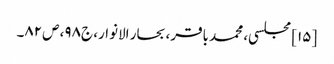
[۱۵] مجلسی، محمد باقر، بحار الانوار، ج‌۹۸، ص‌۸۲۔